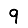
Digit: 9